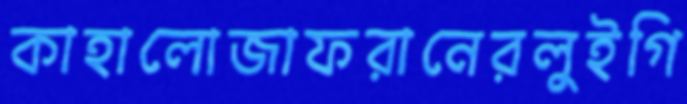
কাহালোজাফরানেরলুইগি